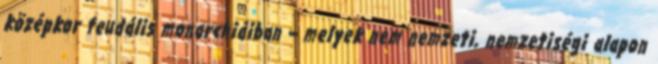
középkor feudális monarchiáiban – melyek nem nemzeti, nemzetiségi alapon